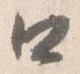
口